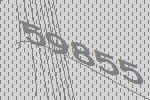
59855